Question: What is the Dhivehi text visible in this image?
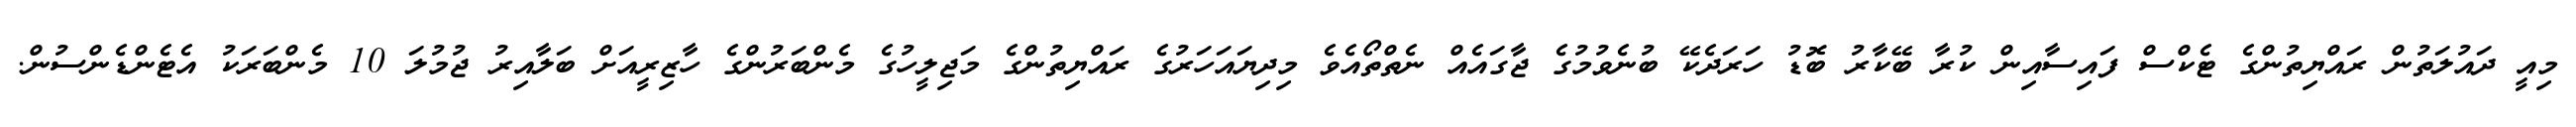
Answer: މިއީ ދައުލަތުން ރައްޔިތުންގެ ޓެކްސް ފައިސާއިން ކުރާ ބޭކާރު ބޮޑު ހަރަދެކޭ ބުނެވުމުގެ ޖާގައެއް ނެތްތޯއެވެ މިދިޔައަހަރުގެ ރައްޔިތުންގެ މަޖިލީހުގެ މެންބަރުންގެ ހާޒިރީއަށް ބަލާއިރު ޖުމުލަ 10 މެންބަރަކު އެޓެންޑެންސުން.